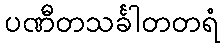
ပဏီတသင်္ခါတတရံ